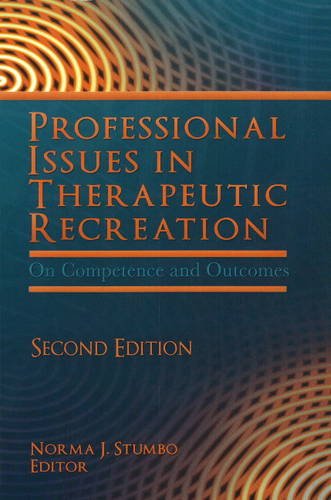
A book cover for Professional Issues in Therapeutic Recreation: On Competence and Outcomes; Sports & Outdoors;